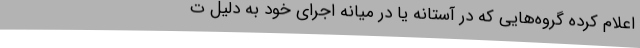
اعلام کرده گروه‌هایی که در آستانه یا در میانه اجرای خود به دلیل ت